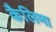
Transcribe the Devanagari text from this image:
कैलिमा